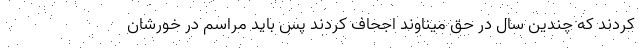
کردند که چندین سال در حق میناوند اجحاف کردند پس باید مراسم در خورشان